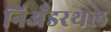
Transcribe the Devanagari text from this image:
निअँडरथल